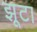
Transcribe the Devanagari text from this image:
झूटा